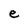
Character: e